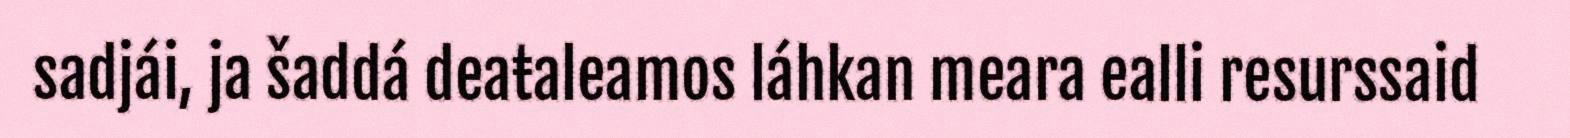
sadjái, ja šaddá deaŧaleamos láhkan meara ealli resurssaid